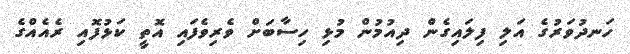
ހަނދުވަރުގެ އަލި ފިލައިގެން ދިއުމުން މުޅި ހިސާބަށް ވެރިވެފައި އޮތީ ކަޅުފޮއި ރެއެއްގެ